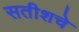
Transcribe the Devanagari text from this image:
सतीशचे